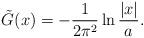
LaTeX: \begin{align*}\tilde{G}(x)=-\frac{1}{2\pi^2}\ln\frac{|x|}{a}.\end{align*}